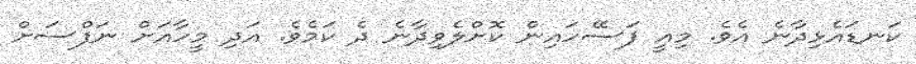
ކަނޑައެޅިދާނެ އެވެ. މިއީ ފަސޭހައިން ކޮށްލެވިދާނެ ދެ ކަމެވެ. އަދި މީހާއަށް ނަފްސަށް